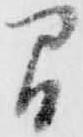
間